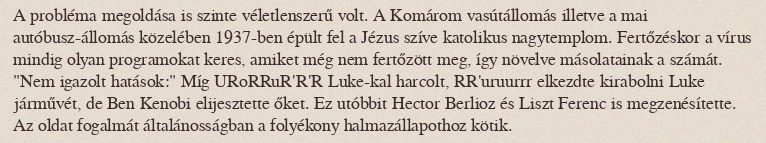
A probléma megoldása is szinte véletlenszerű volt. A Komárom vasútállomás illetve a mai autóbusz-állomás közelében 1937-ben épült fel a Jézus szíve katolikus nagytemplom. Fertőzéskor a vírus mindig olyan programokat keres, amiket még nem fertőzött meg, így növelve másolatainak a számát. "Nem igazolt hatások:" Míg URoRRuR'R'R Luke-kal harcolt, RR'uruurrr elkezdte kirabolni Luke járművét, de Ben Kenobi elijesztette őket. Ez utóbbit Hector Berlioz és Liszt Ferenc is megzenésítette. Az oldat fogalmát általánosságban a folyékony halmazállapothoz kötik.